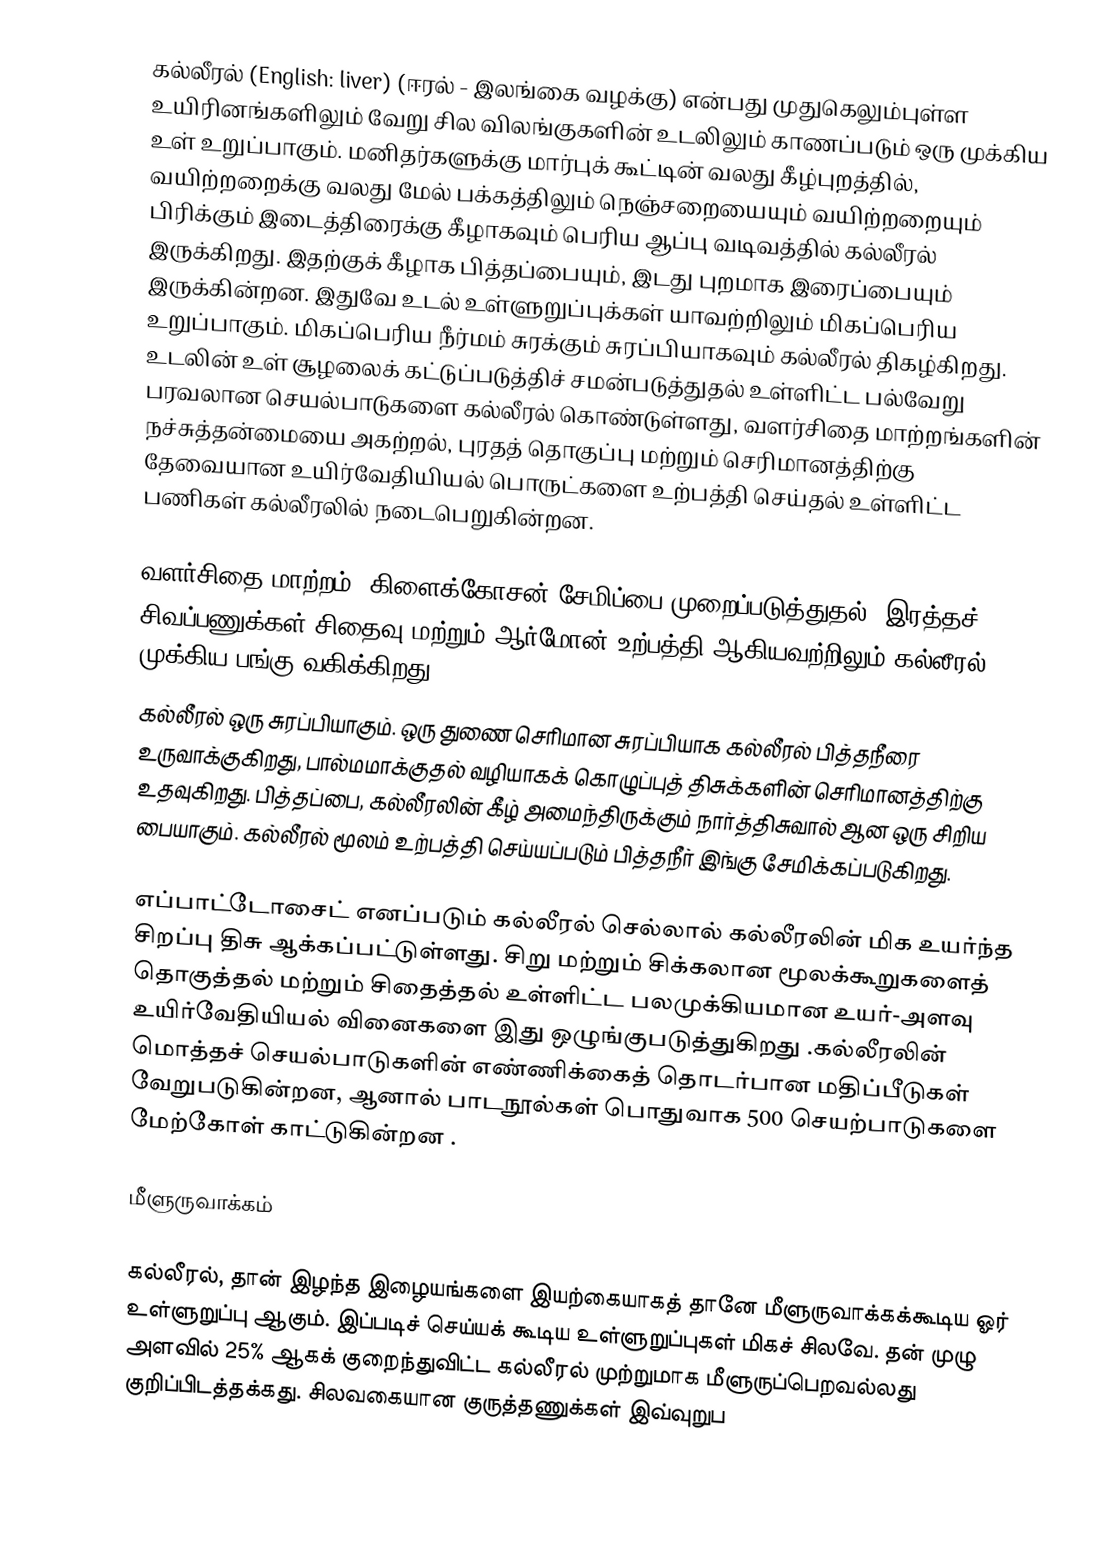
கல்லீரல் (English: liver) (ஈரல் - இலங்கை வழக்கு)  என்பது முதுகெலும்புள்ள உயிரினங்களிலும் வேறு சில விலங்குகளின் உடலிலும் காணப்படும் ஒரு முக்கிய உள் உறுப்பாகும். மனிதர்களுக்கு மார்புக் கூட்டின் வலது கீழ்புறத்தில், வயிற்றறைக்கு வலது மேல் பக்கத்திலும் நெஞ்சறையையும் வயிற்றறையும் பிரிக்கும் இடைத்திரைக்கு கீழாகவும்  பெரிய ஆப்பு வடிவத்தில் கல்லீரல் இருக்கிறது. இதற்குக் கீழாக பித்தப்பையும், இடது புறமாக இரைப்பையும் இருக்கின்றன. இதுவே உடல் உள்ளுறுப்புக்கள் யாவற்றிலும் மிகப்பெரிய உறுப்பாகும். மிகப்பெரிய நீர்மம் சுரக்கும் சுரப்பியாகவும் கல்லீரல் திகழ்கிறது. உடலின் உள் சூழலைக் கட்டுப்படுத்திச் சமன்படுத்துதல் உள்ளிட்ட பல்வேறு பரவலான செயல்பாடுகளை கல்லீரல் கொண்டுள்ளது, வளர்சிதை மாற்றங்களின் நச்சுத்தன்மையை அகற்றல், புரதத் தொகுப்பு மற்றும் செரிமானத்திற்கு தேவையான உயிர்வேதியியல் பொருட்களை உற்பத்தி செய்தல் உள்ளிட்ட பணிகள் கல்லீரலில் நடைபெறுகின்றன.

வளர்சிதை மாற்றம், கிளைக்கோசன் சேமிப்பை முறைப்படுத்துதல், இரத்தச் சிவப்பணுக்கள் சிதைவு மற்றும் ஆர்மோன் உற்பத்தி ஆகியவற்றிலும் கல்லீரல் முக்கிய பங்கு வகிக்கிறது.
கல்லீரல் ஒரு சுரப்பியாகும். ஒரு துணை செரிமான சுரப்பியாக கல்லீரல் பித்தநீரை உருவாக்குகிறது, பால்மமாக்குதல் வழியாகக் கொழுப்புத் திசுக்களின்  செரிமானத்திற்கு உதவுகிறது. பித்தப்பை, கல்லீரலின் கீழ் அமைந்திருக்கும் நார்த்திசுவால் ஆன ஒரு சிறிய பையாகும். கல்லீரல் மூலம் உற்பத்தி செய்யப்படும் பித்தநீர் இங்கு சேமிக்கப்படுகிறது.

எப்பாட்டோசைட் எனப்படும் கல்லீரல் செல்லால்  கல்லீரலின் மிக உயர்ந்த சிறப்பு திசு ஆக்கப்பட்டுள்ளது. சிறு மற்றும் சிக்கலான மூலக்கூறுகளைத் தொகுத்தல் மற்றும் சிதைத்தல் உள்ளிட்ட பலமுக்கியமான உயர்-அளவு உயிர்வேதியியல் வினைகளை இது ஒழுங்குபடுத்துகிறது .கல்லீரலின் மொத்தச் செயல்பாடுகளின் எண்ணிக்கைத் தொடர்பான மதிப்பீடுகள் வேறுபடுகின்றன, ஆனால் பாடநூல்கள் பொதுவாக 500 செயற்பாடுகளை மேற்கோள் காட்டுகின்றன .

மீளுருவாக்கம்

கல்லீரல், தான் இழந்த இழையங்களை இயற்கையாகத் தானே மீளுருவாக்கக்கூடிய ஓர் உள்ளுறுப்பு ஆகும். இப்படிச் செய்யக் கூடிய உள்ளுறுப்புகள் மிகச் சிலவே. தன் முழு அளவில் 25% ஆகக் குறைந்துவிட்ட கல்லீரல் முற்றுமாக மீளுருப்பெறவல்லது குறிப்பிடத்தக்கது. சிலவகையான குருத்தணுக்கள் இவ்வுறுப